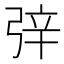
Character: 㢹